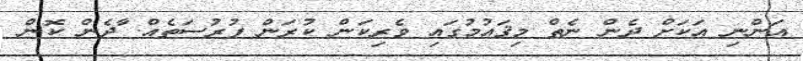
އަންނި އަކަށް ދެން ނެތް މިޤައުމުގައި ވެރިކަން ކުރަން ފުރުސަތެއް. ާދެން ކޮން